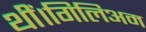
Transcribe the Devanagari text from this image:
थीं।गिलिअम